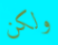
ولكن